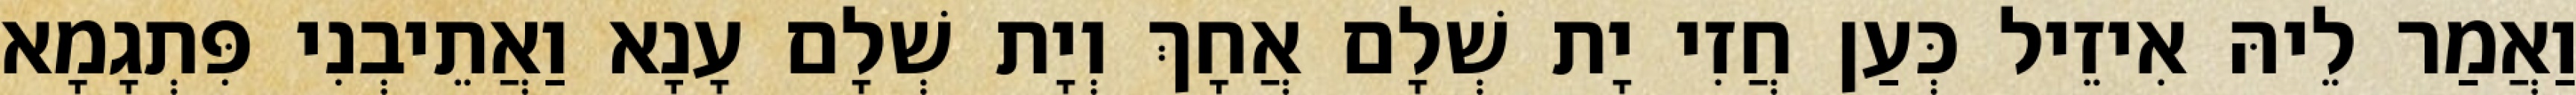
וַאֲמַר לֵיהּ אִיזֵיל כְּעַן חֲזִי יָת שְׁלָם אֲחָךְ וְיָת שְׁלָם עָנָא וַאֲתֵיבְנִי פִּתְגָמָא